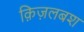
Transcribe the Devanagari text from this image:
क़िज़लबश